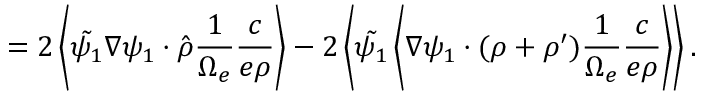
= 2 \left\langle \tilde { \psi _ { 1 } } \nabla \psi _ { 1 } \boldsymbol { \cdot } \hat { \boldsymbol { \rho } } \frac { 1 } { \Omega _ { e } } \frac { c } { e \rho } \right\rangle - 2 \left\langle \tilde { \psi _ { 1 } } \left\langle \nabla \psi _ { 1 } \boldsymbol { \cdot } ( \boldsymbol { \rho } + \boldsymbol { \rho } ^ { \prime } ) \frac { 1 } { \Omega _ { e } } \frac { c } { e \rho } \right\rangle \right\rangle .